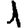
Digit: 1